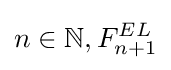
n\in \mathbb {N} ,F_{n+1}^{EL}